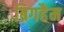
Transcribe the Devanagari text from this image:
ब्रिगहैम